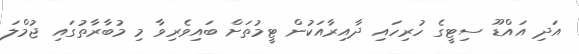
އަދި އައްޑޫ ސިޓީގެ ހުރިހައި ދާއިރާއަކުން ޓީމުތަށް ބައިވެރިވާ މި މުބާރާތުގައި ޖުމްލަ